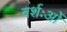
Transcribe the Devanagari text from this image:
वर्शःओं